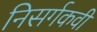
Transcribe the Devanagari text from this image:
निसर्गकवी